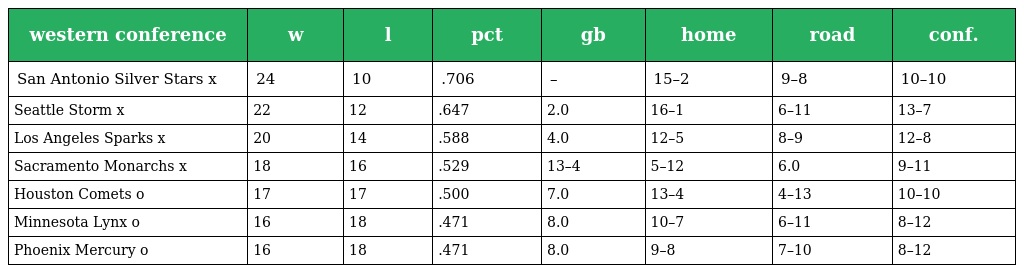
| western conference | w | l | pct | gb | home | road | conf. |
 | --- | --- | --- | --- | --- | --- | --- | --- |
 | San Antonio Silver Stars x | 24 | 10 | .706 | – | 15–2 | 9–8 | 10–10 |
 | Seattle Storm x | 22 | 12 | .647 | 2.0 | 16–1 | 6–11 | 13–7 |
 | Los Angeles Sparks x | 20 | 14 | .588 | 4.0 | 12–5 | 8–9 | 12–8 |
 | Sacramento Monarchs x | 18 | 16 | .529 | 13–4 | 5–12 | 6.0 | 9–11 |
 | Houston Comets o | 17 | 17 | .500 | 7.0 | 13–4 | 4–13 | 10–10 |
 | Minnesota Lynx o | 16 | 18 | .471 | 8.0 | 10–7 | 6–11 | 8–12 |
 | Phoenix Mercury o | 16 | 18 | .471 | 8.0 | 9–8 | 7–10 | 8–12 |